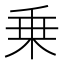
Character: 乗